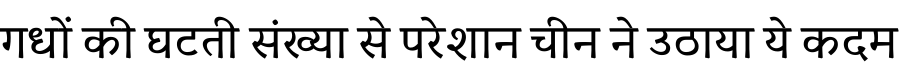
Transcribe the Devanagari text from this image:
गधों की घटती संख्या से परेशान चीन ने उठाया ये कदम